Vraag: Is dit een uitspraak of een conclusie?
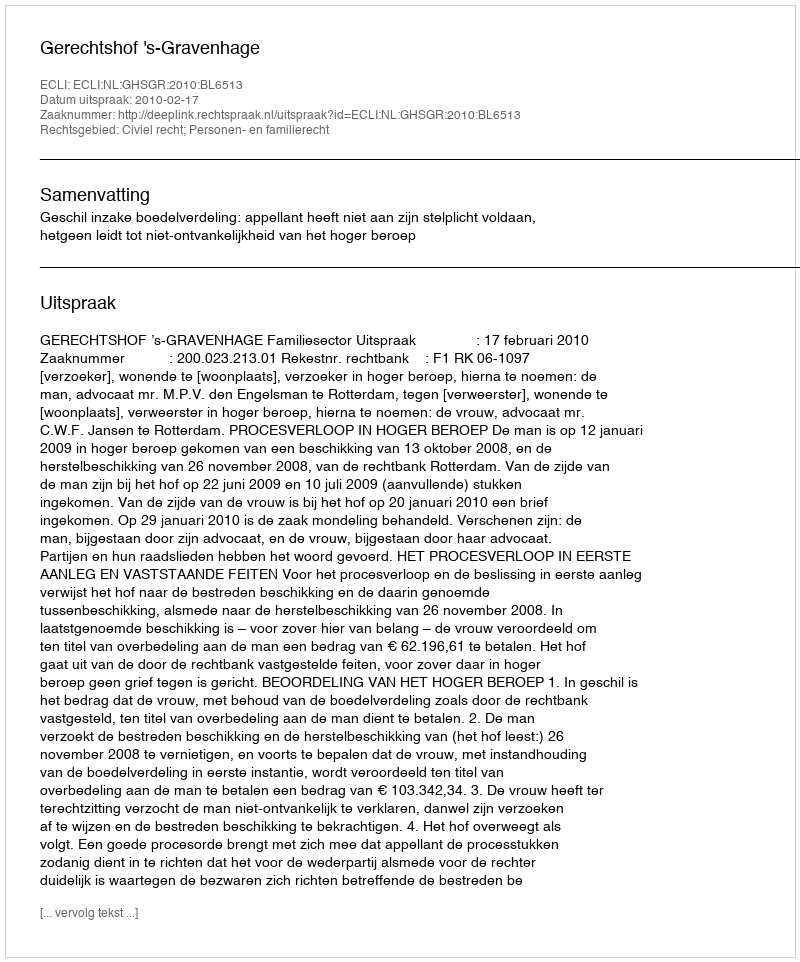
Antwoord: Uitspraak